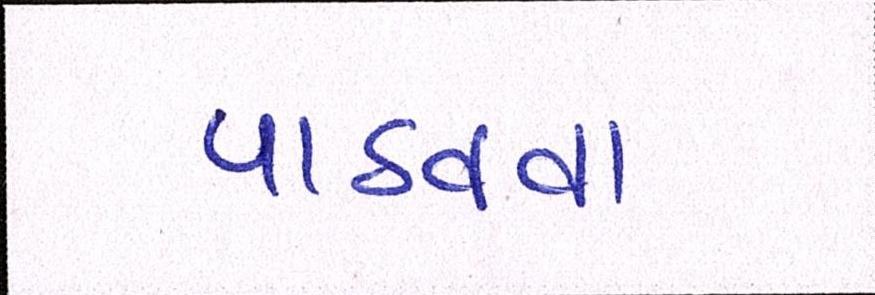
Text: પાઠવવા